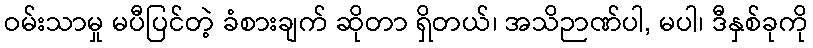
ဝမ်းသာမှု မပီပြင်တဲ့ ခံစားချက် ဆိုတာ ရှိတယ်၊ အသိဉာဏ်ပါ, မပါ၊ ဒီနှစ်ခုကို